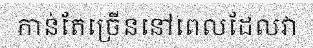
កាន់តែច្រើននៅពេលដែលវា